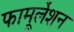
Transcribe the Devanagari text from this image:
फामूर्लेशन